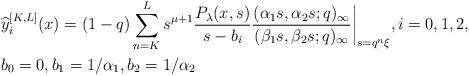
LaTeX: \begin{align*}& \widehat{y}_{i}^{[K,L]}(x) = (1-q) \sum_{n=K}^{L} s^{\mu+1} \frac{P_{\lambda}(x, s)}{s-b_{i}} \frac{(\alpha_1 s, \alpha_2 s;q)_{\infty}}{(\beta_1 s, \beta_2 s;q)_{\infty}} \bigg|_{s= q^n \xi}, i=0,1,2,\\& b_0=0, b_1 = 1/\alpha_1, b_2 = 1/\alpha_2\end{align*}